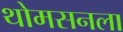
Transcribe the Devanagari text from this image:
थोमसनला